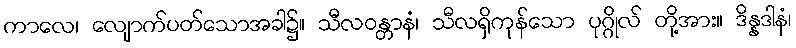
ကာလေ၊ လျောက်ပတ်သောအခါ၌။ သီလဝန္တာနံ၊ သီလရှိကုန်သော ပုဂ္ဂိုလ် တို့အား။ ဒိန္နဒါနံ၊